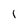
Character: I